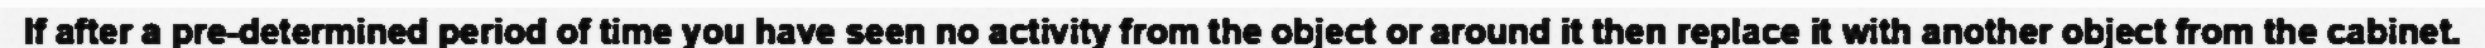
If after a pre-determined period of time you have seen no activity from the object or around it then replace it with another object from the cabinet.